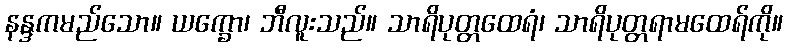
နန္ဒကမည်သော။ ယက္ခော၊ ဘီလူးသည်။ သာရိပုတ္တထေရံ၊ သာရိပုတ္တရာမထေရ်ကို။